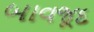
બાવજૂદ